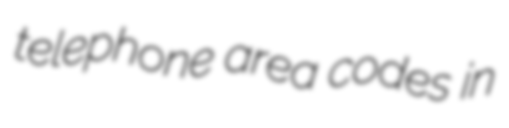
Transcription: telephone area codes in